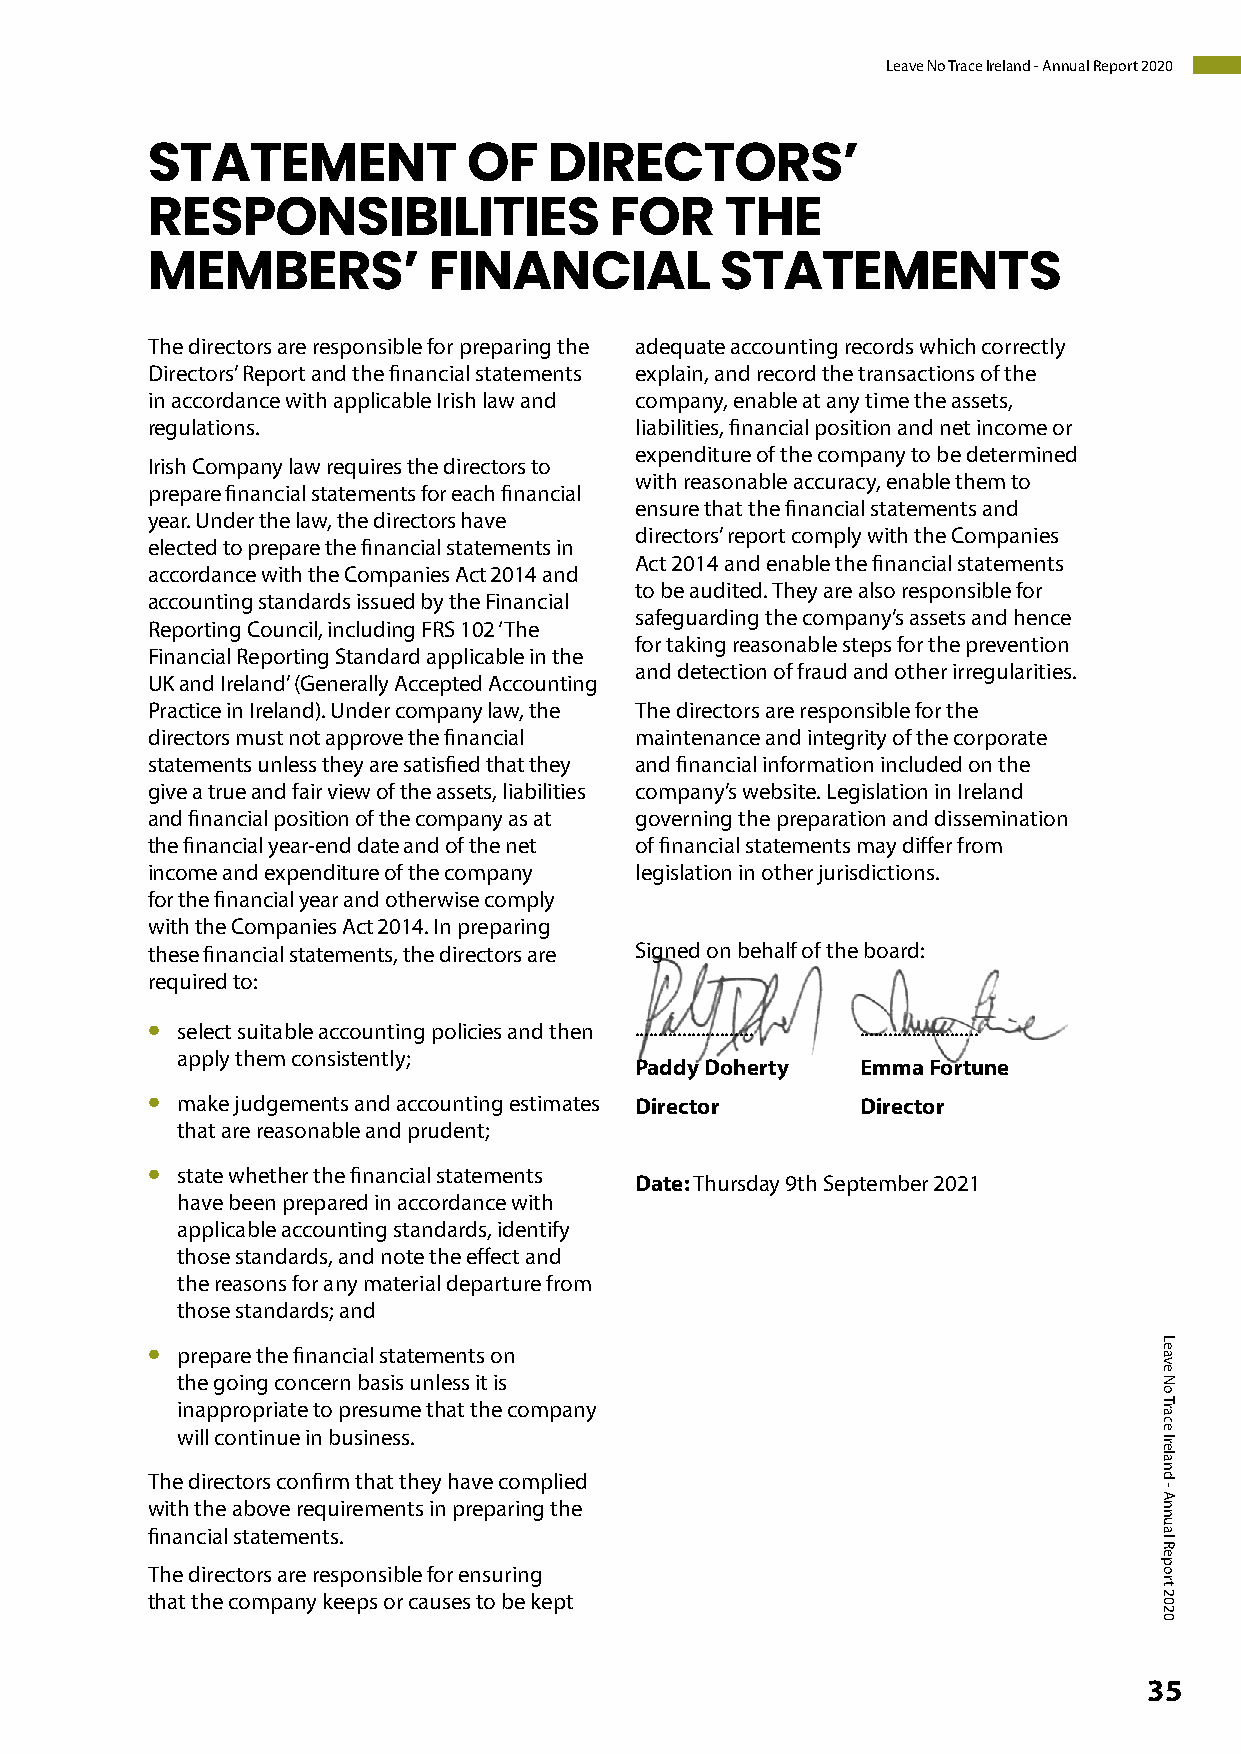
Leave No Trace Ireland - Annual Report 2020
 STATEMENT            OF   DIRECTORS’
 RESPONSIBILITIES              FOR     THE
 MEMBERS’          FINANCIAL           STATEMENTS
 The directors are responsible for preparing the adequate accounting records which correctly
 Directors’ Report and the financial statements explain, and record the transactions of the
 in accordance with applicable Irish law and company, enable at any time the assets,
 regulations.                    liabilities, financial position and net income or
 expenditure of the company to be determined
 Irish Company law requires the directors to
 with reasonable accuracy, enable them to
 prepare financial statements for each financial
 ensure that the financial statements and
 year. Under the law, the directors have
 directors’ report comply with the Companies
 elected to prepare the financial statements in
 Act 2014 and enable the financial statements
 accordance with the Companies Act 2014 and
 to be audited. They are also responsible for
 accounting standards issued by the Financial
 safeguarding the company’s assets and hence
 Reporting Council, including FRS 102 ‘The
 for taking reasonable steps for the prevention
 Financial Reporting Standard applicable in the
 and detection of fraud and other irregularities.
 UK and Ireland’ (Generally Accepted Accounting
 Practice in Ireland). Under company law, the The directors are responsible for the
 directors must not approve the financial maintenance and integrity of the corporate
 statements unless they are satisfied that they and financial information included on the
 give a true and fair view of the assets, liabilities company’s website. Legislation in Ireland
 and financial position of the company as at governing the preparation and dissemination
 the financial year-end date and of the net of financial statements may differ from
 income and expenditure of the company legislation in other jurisdictions.
 for the financial year and otherwise comply
 with the Companies Act 2014. In preparing
 these financial statements, the directors are Signed on behalf of the board:
 required to:
 • select suitable accounting policies and then ......................... .........................
 apply them consistently;
 Paddy Doherty  Emma Fortune
 •
 make judgements and accounting estimates Director Director
 that are reasonable and prudent;
 •
 state whether the financial statements
 Date: Thursday 9th September 2021
 have been prepared in accordance with
 applicable accounting standards, identify
 those standards, and note the effect and
 the reasons for any material departure from
 those standards; and
 •
 prepare the financial statements on
 the going concern basis unless it is
 inappropriate to presume that the company
 will continue in business.
 The directors confirm that they have complied
 with the above requirements in preparing the
 financial statements.
 The directors are responsible for ensuring
 that the company keeps or causes to be kept
 35
 Leave
 No
 Trace
 Ireland
 -
 Annual
 Report
 2020